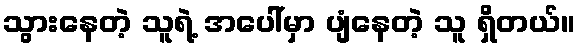
သွားနေတဲ့ သူရဲ့ အပေါ်မှာ ပျံနေတဲ့ သူ ရှိတယ်။